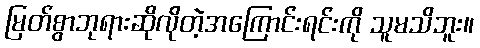
မြတ်စွာဘုရားဆိုလိုတဲ့အကြောင်းရင်းကို သူမသိဘူး။